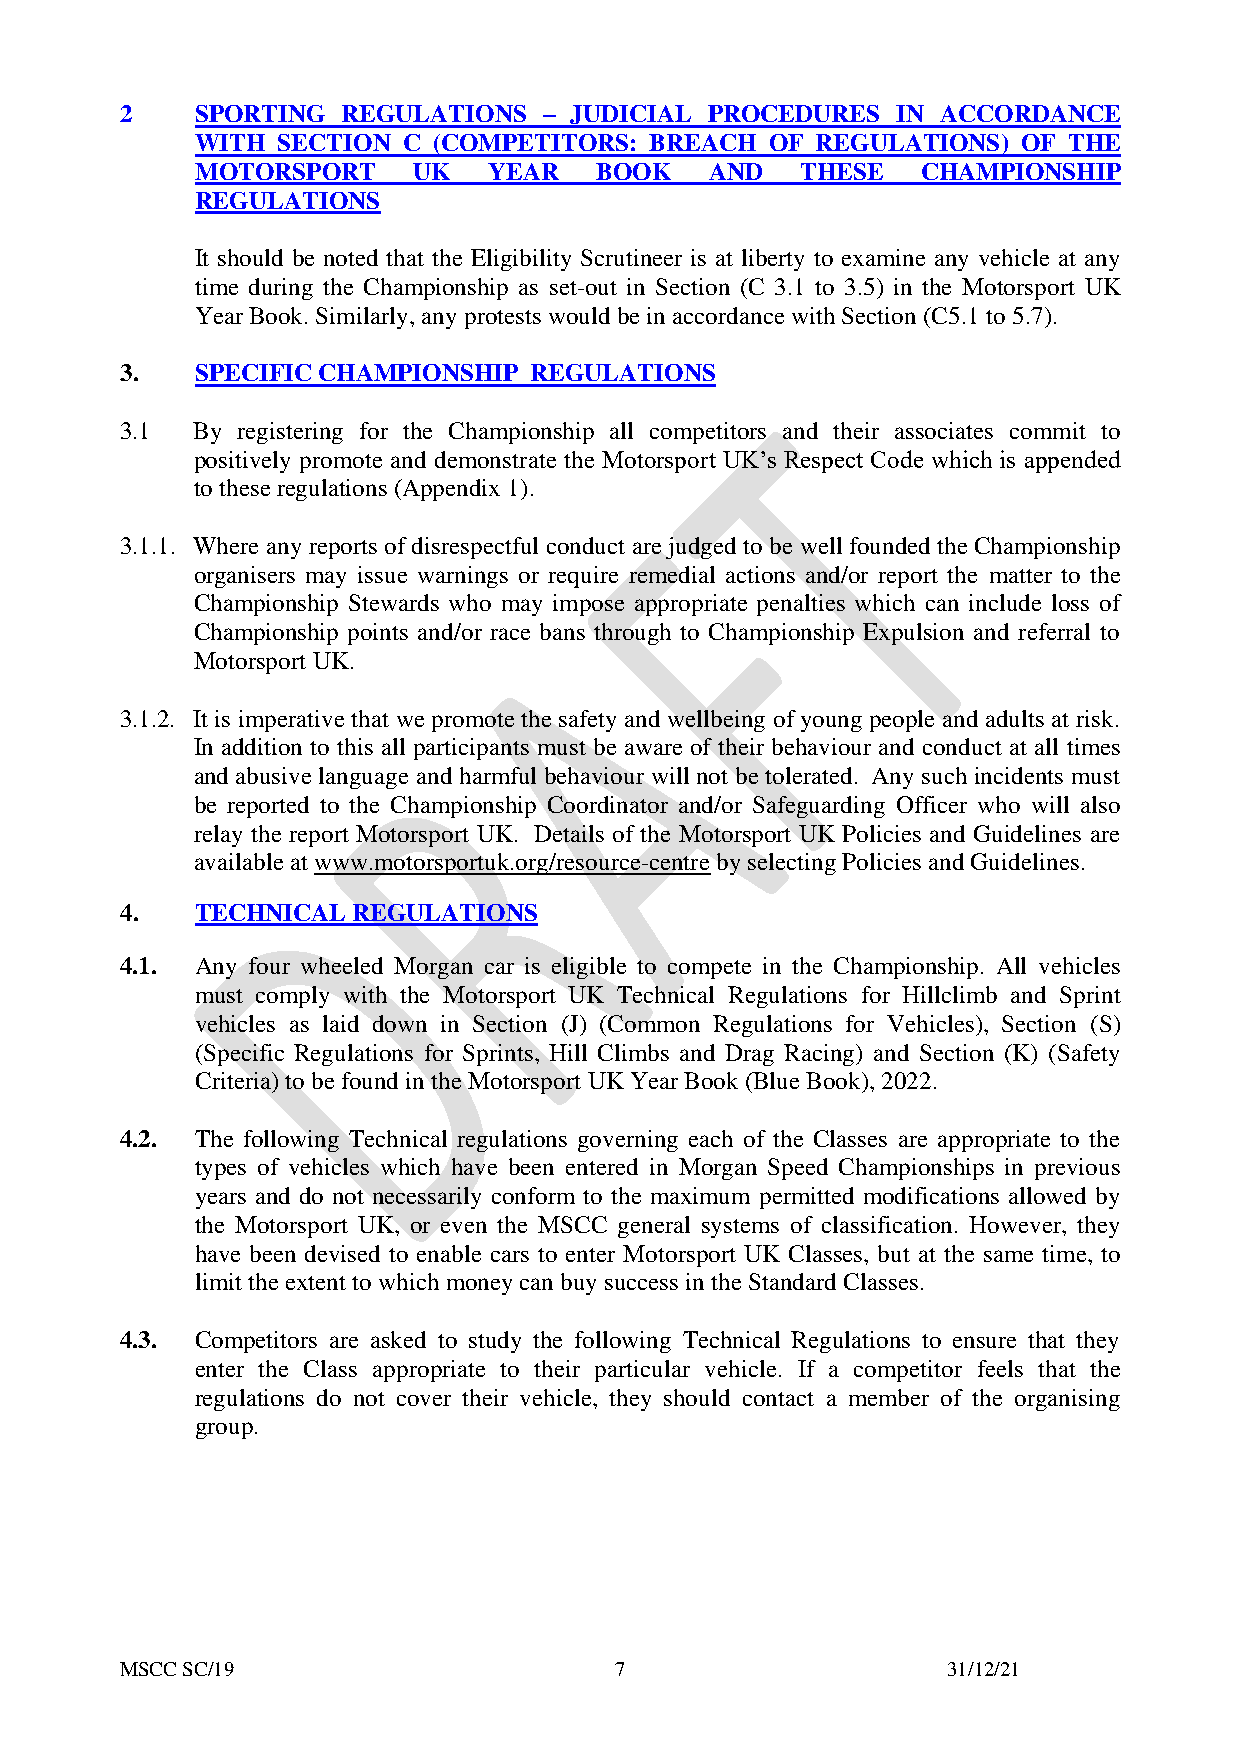
2    SPORTING  REGULATIONS  – JUDICIAL PROCEDURES  IN ACCORDANCE
 WITH SECTION  C (COMPETITORS: BREACH  OF REGULATIONS)  OF THE
 MOTORSPORT    UK   YEAR   BOOK    AND   THESE   CHAMPIONSHIP
 REGULATIONS
 It should be noted that the Eligibility Scrutineer is at liberty to examine any vehicle at any
 time during the Championship as set-out in Section (C 3.1 to 3.5) in the Motorsport UK
 Year Book. Similarly, any protests would be in accordance with Section (C5.1 to 5.7).
 3.   SPECIFIC CHAMPIONSHIP REGULATIONS
 3.1  By registering for the Championship all competitors and their associates commit to
 positively promote and demonstrate the Motorsport UK’s Respect Code which is appended
 to these regulations (Appendix 1).
 3.1.1. Where any reports of disrespectful conduct are judged to be well founded the Championship
 organisers may issue warnings or require remedial actions and/or report the matter to the
 Championship Stewards who may impose appropriate penalties which can include loss of
 Championship points and/or race bans through to Championship Expulsion and referral to
 Motorsport UK.
 3.1.2. It is imperative that we promote the safety and wellbeing of young people and adults at risk.
 In addition to this all participants must be aware of their behaviour and conduct at all times
 and abusive language and harmful behaviour will not be tolerated. Any such incidents must
 be reported to the Championship Coordinator and/or Safeguarding Officer who will also
 relay the report Motorsport UK. Details of the Motorsport UK Policies and Guidelines are
 available at www.motorsportuk.org/resource-centre by selecting Policies and Guidelines.
 4.   TECHNICAL REGULATIONS
 4.1. Any four wheeled Morgan car is eligible to compete in the Championship. All vehicles
 must comply with the Motorsport UK Technical Regulations for Hillclimb and Sprint
 vehicles as laid down in Section (J) (Common Regulations for Vehicles), Section (S)
 (Specific Regulations for Sprints, Hill Climbs and Drag Racing) and Section (K) (Safety
 Criteria) to be found in the Motorsport UK Year Book (Blue Book), 2022.
 4.2. The following Technical regulations governing each of the Classes are appropriate to the
 types of vehicles which have been entered in Morgan Speed Championships in previous
 years and do not necessarily conform to the maximum permitted modifications allowed by
 the Motorsport UK, or even the MSCC general systems of classification. However, they
 have been devised to enable cars to enter Motorsport UK Classes, but at the same time, to
 limit the extent to which money can buy success in the Standard Classes.
 4.3. Competitors are asked to study the following Technical Regulations to ensure that they
 enter the Class appropriate to their particular vehicle. If a competitor feels that the
 regulations do not cover their vehicle, they should contact a member of the organising
 group.
 MSCC SC/19                       7                     31/12/21